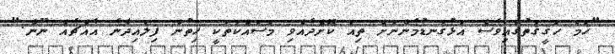
"ހަމަ ހަޤީޤަތުގައިވެސް އަޅުގަނޑުމެންނަށް ތިއަ ކޮށްދެއްވި މަސައްކަތަކީ ހިތުން ފިލައިދާނެ އެއްޗެއް ނޫން."